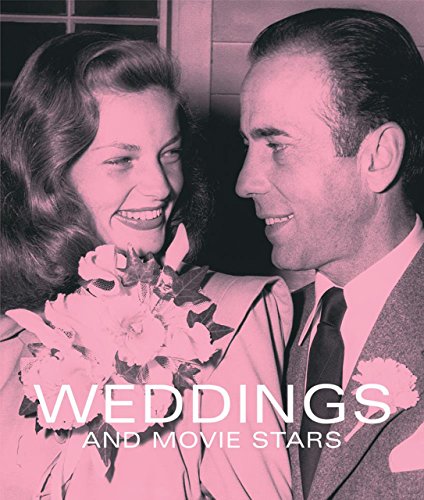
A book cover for Weddings and Movie Stars; Crafts, Hobbies & Home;